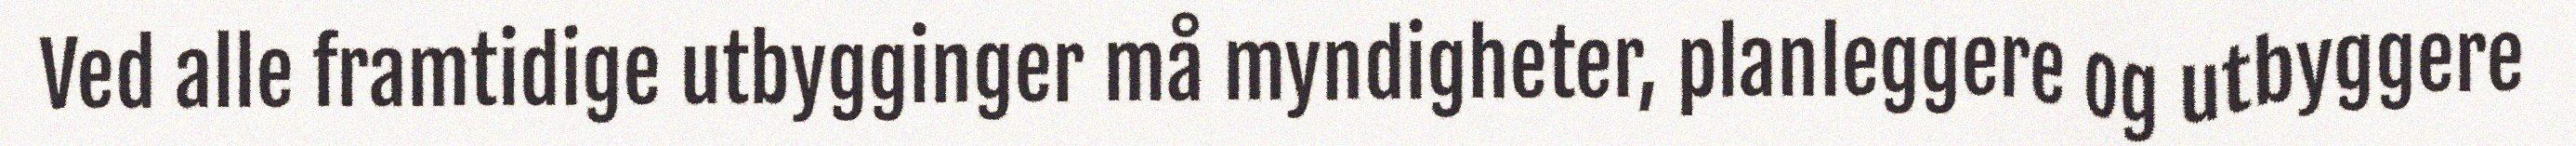
Ved alle framtidige utbygginger må myndigheter, planleggere og utbyggere